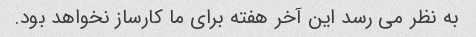
به نظر می رسد این آخر هفته برای ما کارساز نخواهد بود.